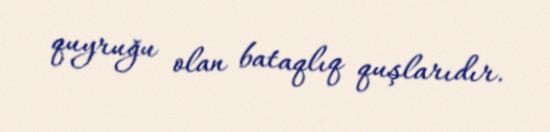
quyruğu olan bataqlıq quşlarıdır.